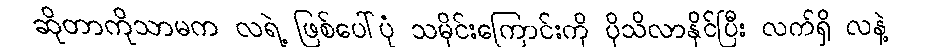
ဆိုတာကိုသာမက လရဲ့ ဖြစ်ပေါ်ပုံ သမိုင်းကြောင်းကို ပိုသိလာနိုင်ပြီး လက်ရှိ လနဲ့